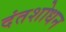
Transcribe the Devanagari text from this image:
दंतशोधन